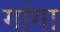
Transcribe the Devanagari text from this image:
गांगा